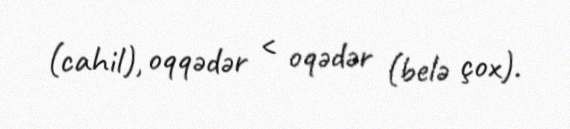
(cahil), oqqədər < oqədər (belə çox).